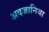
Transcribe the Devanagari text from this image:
अदजानिया